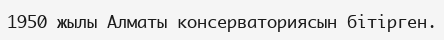
1950 жылы Алматы консерваториясын бітірген.